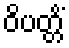
ဝိပတ္တိံ